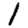
Digit: 1